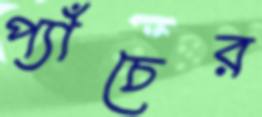
প্যাঁচের